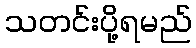
သတင်းပို့ရမည်